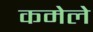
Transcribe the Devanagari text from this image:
कमेले